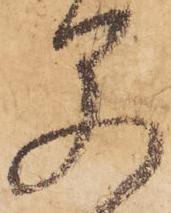
早